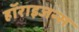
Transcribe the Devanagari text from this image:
हॉराइजन्स